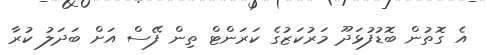
އެ ގޮތުން ބޮޑުފުޅަދޫ މަރުކަޒުގެ ކަރަންޓް ތިން ފޭސް އަށް ބަދަލު ކުރާ